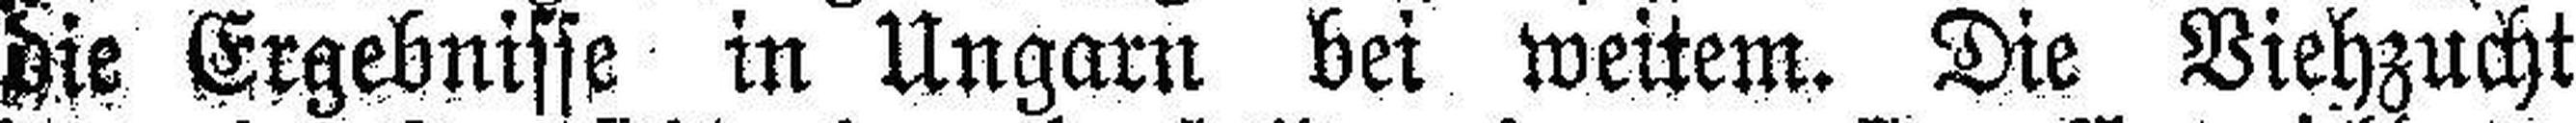
die Ergebnisse in Ungarn bei weitem. Die Viehzucht